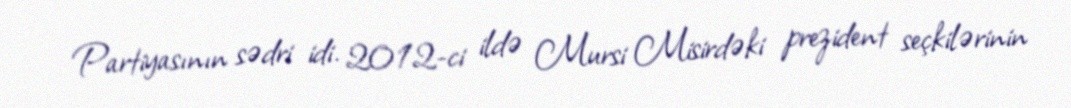
Partiyasının sədri idi. 2012-ci ildə Mursi Misirdəki prezident seçkilərinin